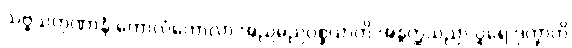
သဗ္ဗသကုဏာနံ ကောလံကောလာ အညမညပစ္စယာတိ အနွတ္ထသညာ ပူရေ ဒုက္ခာတိ